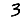
Digit: 3